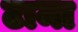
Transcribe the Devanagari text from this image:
टामा